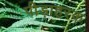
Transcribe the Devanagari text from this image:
पीड़ाहरक